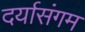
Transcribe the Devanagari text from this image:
दर्यासंगम